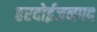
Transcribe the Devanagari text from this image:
हरदोईजनपद